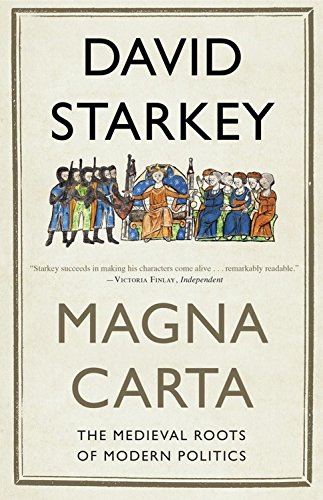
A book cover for Magna Carta: The Medieval Roots of Modern Politics; David Starkey; History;